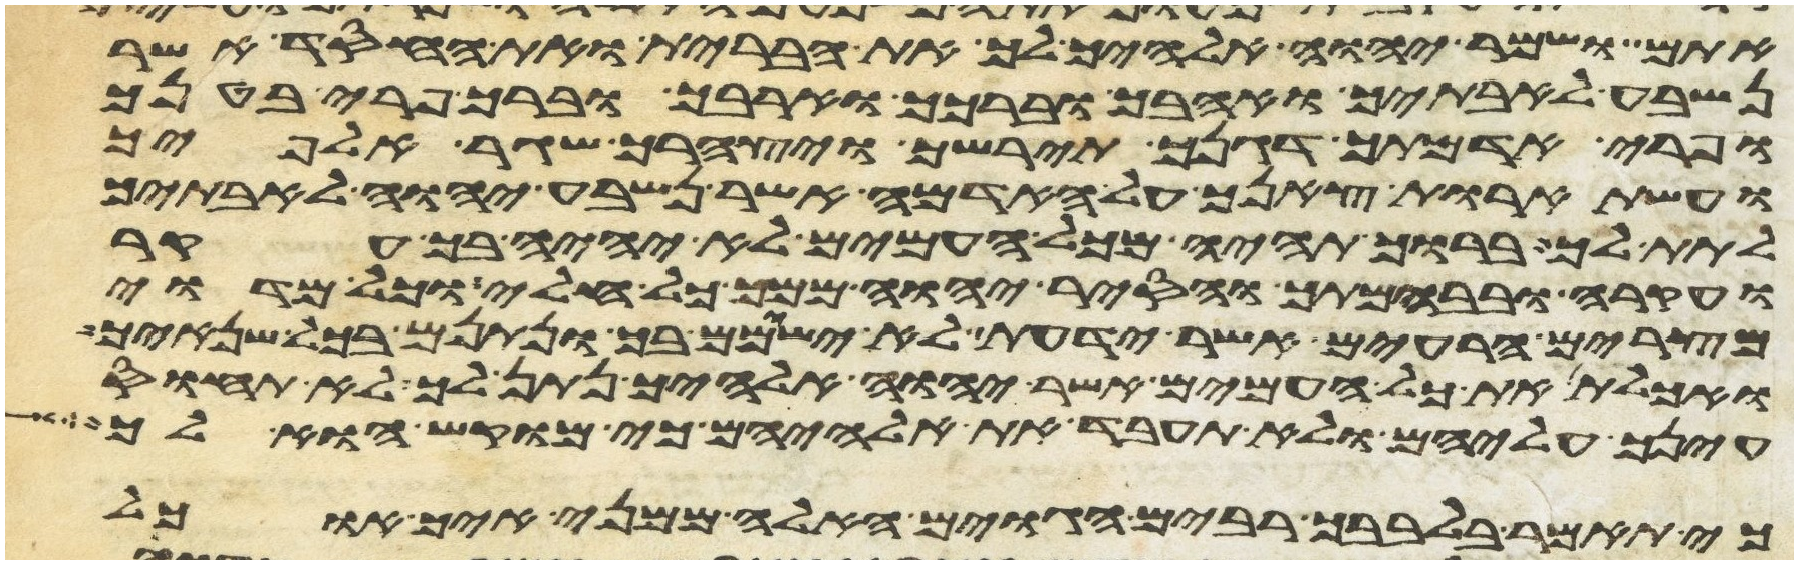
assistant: אתם ושמר יהוה אלהיך לך את הברית ואת החסד אשר
נשבע לאבתיך ואהבך וברכך והרבך וברך פרי בטנך
ופרי אדמתך דגנך תירשך ויצהרך שגר אלפיך
ועשתרות צאנך על האדמה אשר נשבע יהוה לאבתיך
לתת לך ברוך תהיה מכל העמים לא יהיה בך עקר
ועקרה ובבהמתך והסיר יהוה ממך כל חלי וכל מדוי
מצרים הרעים אשר ידעת לא ישימם בך ונתנם בכל שנאיך
ואכלת את כל העמים אשר יהוה אלהיך נתן לך לא תחוס
עינך עליהם ולא תעבד את אלהיהם כי מוקש הוא לך
כי תאמר בלבבך רבים הגוים האלה ממני איך אוכל